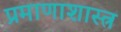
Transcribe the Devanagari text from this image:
प्रमाणाशास्त्र